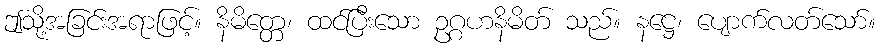
ဤသို့အခြင်းအရာဖြင့်။ နိမိတ္တေ၊ ထင်ပြီးသော ဥဂ္ဂဟနိမိတ် သည်။ နဋ္ဌေ၊ ပျောက်လတ်သော်။